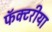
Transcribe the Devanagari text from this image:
फॅक्टरीया